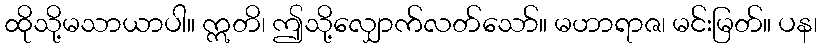
ထိုသို့မသာယာပါ။ ဣတိ၊ ဤသို့လျှောက်လတ်သော်။ မဟာရာဇ၊ မင်းမြတ်။ ပန၊